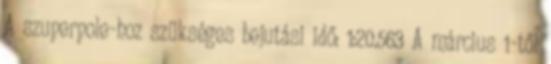
A szuperpole-hoz szükséges bejutási idő: 1:20.563 A március 1-től